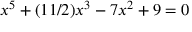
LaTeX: x ^ { 5 } + ( 1 1 / 2 ) x ^ { 3 } - 7 x ^ { 2 } + 9 = 0